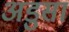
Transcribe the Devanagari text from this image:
अडुसा